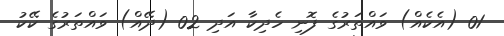
01 (އެކެއް) ވައްތަރުގެ ފޮނި ހެދިކާ އަދި 02 (ދޭއް) ވައްތަރުގެ ކޭކު